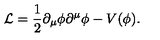
{ \cal L } = \frac 1 2 \partial _ { \mu } \phi \partial ^ { \mu } \phi - V ( \phi ) .